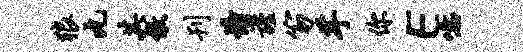
狼丸其儆刊憧谨笏芋你E噫